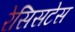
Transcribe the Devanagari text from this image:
रेसिसटेस